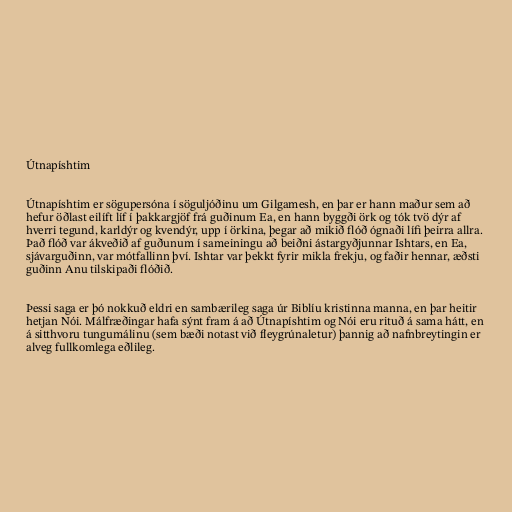
Útnapíshtim

Útnapíshtim er sögupersóna í söguljóðinu um Gilgamesh, en þar er hann maður sem að
hefur öðlast eilíft líf í þakkargjöf frá guðinum Ea, en hann byggði örk og tók tvö dýr af
hverri tegund, karldýr og kvendýr, upp í örkina, þegar að mikið flóð ógnaði lífi þeirra allra.
Það flóð var ákveðið af guðunum í sameiningu að beiðni ástargyðjunnar Ishtars, en Ea,
sjávarguðinn, var mótfallinn því. Ishtar var þekkt fyrir mikla frekju, og faðir hennar, æðsti
guðinn Anu tilskipaði flóðið.

Þessi saga er þó nokkuð eldri en sambærileg saga úr Biblíu kristinna manna, en þar heitir
hetjan Nói. Málfræðingar hafa sýnt fram á að Útnapíshtim og Nói eru rituð á sama hátt, en
á sitthvoru tungumálinu (sem bæði notast við fleygrúnaletur) þannig að nafnbreytingin er
alveg fullkomlega eðlileg.